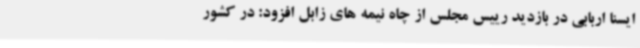
ایسنا اربابی در بازدید رییس مجلس از چاه نیمه های زابل افزود: در کشور